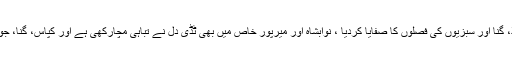
مٹیاری، ہالہ، بھٹ شاہ میں بھی ٹڈیوں نے کپاس، پیاز، کیلا، گنا اور سبزیوں کی فصلوں کا صفایا کردیا ، نوابشاہ اور میرپور خاص میں بھی ٹڈی دَل نے تباہی مچارکھی ہے اور کپاس، گنا، جوار، سرخ مرچ، خریف اور دیگر فصلوں کو نقصان پہنچایا ۔